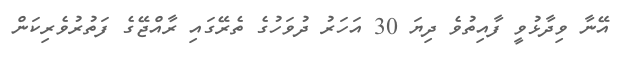
އޭނާ ވިދާޅުވީ ފާއިތުވެ ދިޔަ 30 އަހަރު ދުވަހުގެ ތެރޭގައި ރާއްޖޭގެ ފަތުރުވެރިކަން